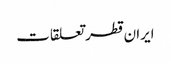
ایران قطر تعلقات